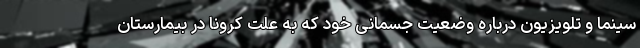
سینما و تلویزیون درباره وضعیت جسمانی خود که به علت کرونا در بیمارستان